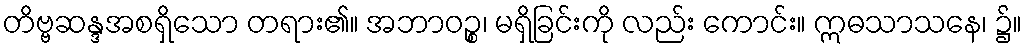
တိဗ္ဗဆန္ဒအစရှိသော တရား၏။ အဘာဝဉ္စ၊ မရှိခြင်းကို လည်း ကောင်း။ ဣဓသာသနေ၊ ၌။